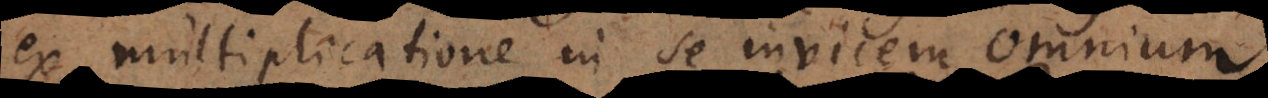
ex multiplicatione in se invicem omnium